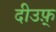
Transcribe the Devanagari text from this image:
दीउफ़्